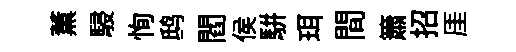
薫駸恂鸱閻侯駢珥間簫招厓